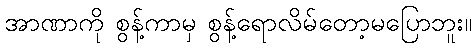
အာဏာကို စွန့်ကာမှ စွန့်ရောလိမ်တော့မပြောဘူး။